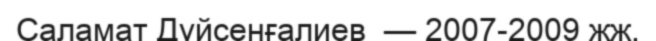
Саламат Дүйсенғалиев  — 2007-2009 жж.